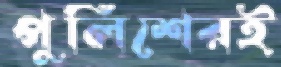
পুলিশেরই